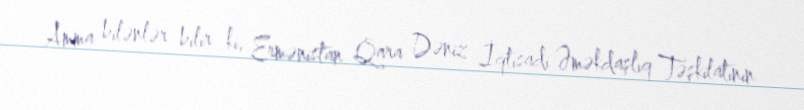
Amma bilənlər bilir ki, Ermənistan Qara Dəniz İqtisadi Əməkdaşlıq Təşkilatının